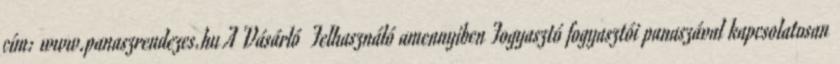
cím: www.panaszrendezes.hu A Vásárló Felhasználó amennyiben Fogyasztó fogyasztói panaszával kapcsolatosan